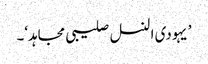
’یہودی النسل صلیبی مجاہد‘۔